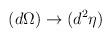
LaTeX: \begin{align*}(d\Omega) \rightarrow (d^2\eta) \end{align*}